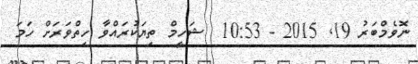
ނޮވެމްބަރު 19